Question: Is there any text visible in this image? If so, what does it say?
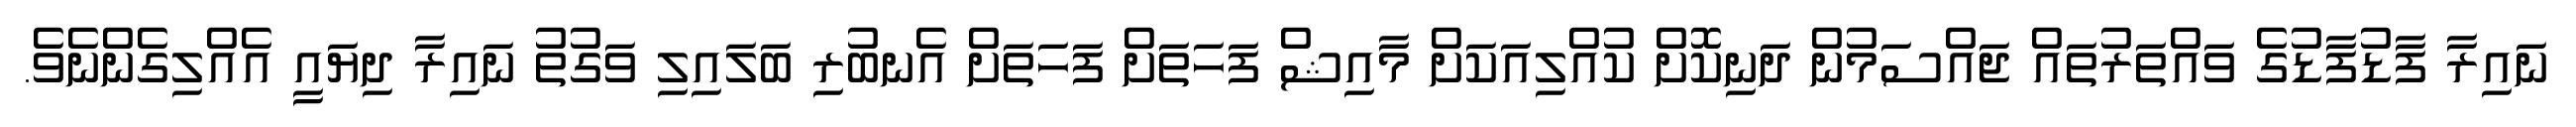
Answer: ނައިރާ ފާޑުފާޑުގެ ވައްތަރުތައް ޖައްސަމުން ދަނިކޮށް ކުއްލިއަކަށް މާއިޝް ފަހަތަށް ފަހަތަށް އެނބުރި ބަލައިލި ވަގުތު ނައިރާ ދިޔައީ އެއްލިގެންނެވެ.